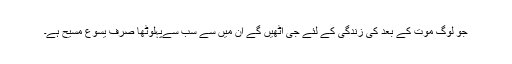
جو لوگ موت کے بعد کی زندگی کے لئے جی اٹھیں گے ان میں سے سب سےپہلوٹھا صرف یسوع مسیح ہے۔